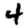
Digit: 4